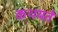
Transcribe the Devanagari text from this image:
कथयते